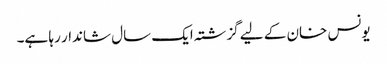
یونس خان کے لیے گزشتہ ایک سال شاندار رہا ہے۔